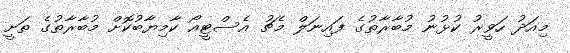
މިއަދު ހަވީރު ކުޅުނު މުބާރާތުގެ ފައިނަލް މެޗު އެސްޓީއޯ ކާމިޔާބުކޮށް މުބާރާތުގެ ތަށީ